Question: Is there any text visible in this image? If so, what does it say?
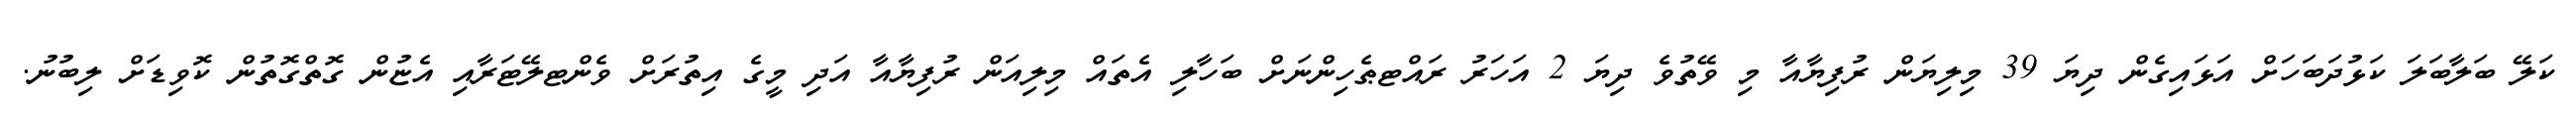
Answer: ކަލޭ ބަލާބަލަ ކަޅުދަބަހަށް އަޅައިގެން ދިޔަ 39 މިލިޔަން ރުފިޔާއާ މި ވޭތުވެ ދިޔަ 2 އަހަރު ރައްޓޠެހިންނަށް ބަހާލި އެތައް މިލިއަން ރުފިޔާއާ އަދި މީގެ އިތުރަށް ވެންޓލޭޓަރާއި އެޏުން ގޮތްގޮތުން ކޮވިޑަށް ލިބުނު.